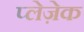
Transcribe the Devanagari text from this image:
प्लेज़ेक